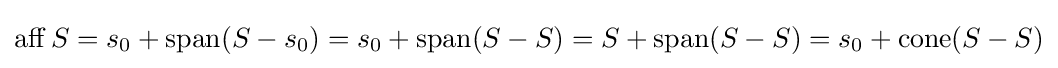
\operatorname {aff} S=s_{0}+\operatorname {span} (S-s_{0})=s_{0}+\operatorname {span} (S-S)=S+\operatorname {span} (S-S)=s_{0}+\operatorname {cone} (S-S)